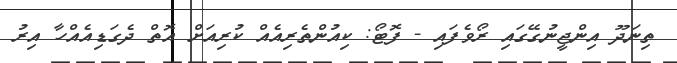
ތިނަދޫ އިންޖީނުގޭގައި ރޯވެފައި - ފޮޓޯ: ކިއުންތެރިއެއް ކުރިއަށް އޮތް ދެގަޑިއެއްހާ އިރު